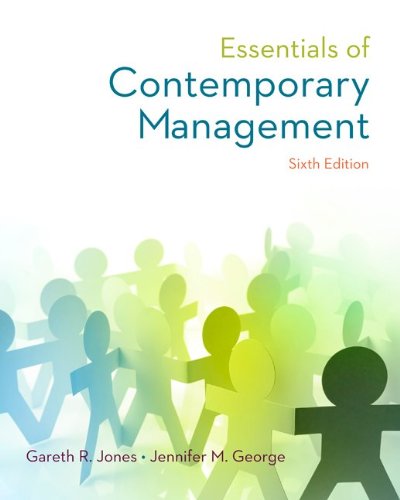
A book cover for Essentials of Contemporary Management; Gareth Jones; Business & Money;